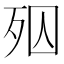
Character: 𣧝